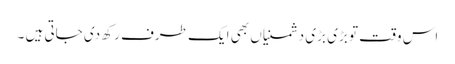
اس وقت تو بڑی بڑی دشمنیاں بھی ایک طرف رکھ دی جاتی ہیں ۔